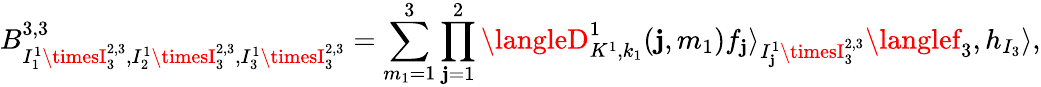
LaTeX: B_{I_{1}^{1}\timesI_{3}^{2,3},I_{2}^{1}\timesI_{3}^{2,3},I_{3}^{1}\timesI_{3}^{2,3}}^{3,3}=\sum_{m_{1}=1}^{3}\prod_{\mathbf{j}=1}^{2}\langleD_{K^{1},k_{1}}^{1}(\mathbf{j},m_{1})f_{\mathbf{j}}\rangle_{I_{\mathbf{j}}^{1}\timesI_{3}^{2,3}}\langlef_{3},h_{I_{3}}\rangle,